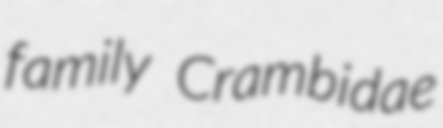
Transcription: family Crambidae